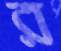
র